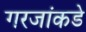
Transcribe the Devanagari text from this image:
गरजांकडे